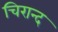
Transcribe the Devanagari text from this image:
चिरान्द